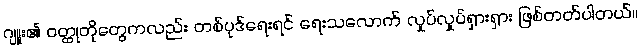
ဂျူး၏ ဝတ္ထုတိုတွေကလည်း တစ်ပုဒ်ရေးရင် ရေးသလောက် လှုပ်လှုပ်ရှားရှား ဖြစ်တတ်ပါတယ်။